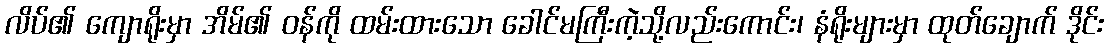
လိပ်၏ ကျောရိုးမှာ အိမ်၏ ဝန်ကို ထမ်းထားသော ခေါင်မကြီးကဲ့သို့လည်းကောင်း၊ နံရိုးများမှာ ထုတ်ချောက် ဒိုင်း